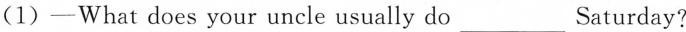
(1)—What does your uncle usually do___Saturday?